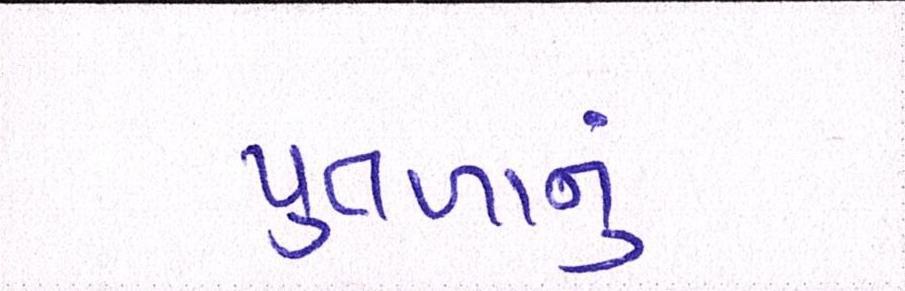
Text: પુતળાનું